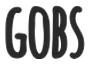
GOBS